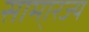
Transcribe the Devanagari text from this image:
सामा्रज्य